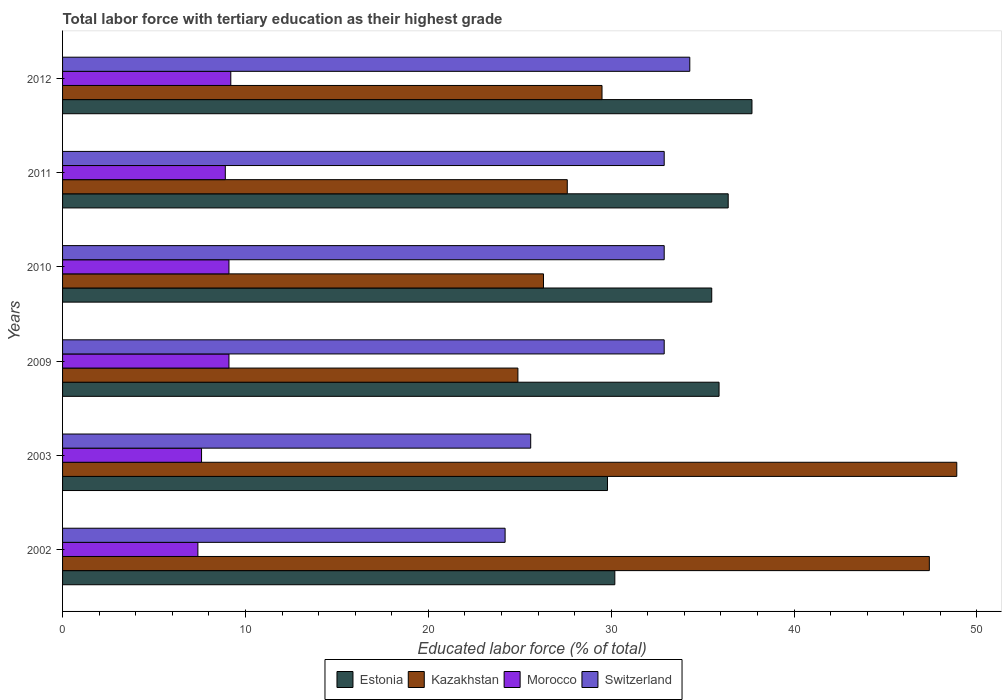
| Years | Estonia | Kazakhstan | Morocco | Switzerland |
 | --- | --- | --- | --- | --- |
 | 2002 | 30.2 | 47.4 | 7.4 | 24.2 |
 | 2003 | 29.8 | 48.9 | 7.6 | 25.6 |
 | 2009 | 35.9 | 24.9 | 9.1 | 32.9 |
 | 2010 | 35.5 | 26.3 | 9.1 | 32.9 |
 | 2011 | 36.4 | 27.6 | 8.9 | 32.9 |
 | 2012 | 37.7 | 29.5 | 9.2 | 34.3 |